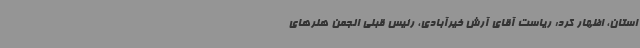
استان، اظهار کرد: ریاست آقای آرش خیرآبادی، رئیس قبلی انجمن هنرهای